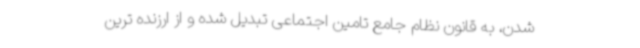
شدن، به قانون نظام جامع تامین اجتماعی تبدیل شده و از ارزنده ترین